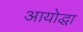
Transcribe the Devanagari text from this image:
आयोद्धा